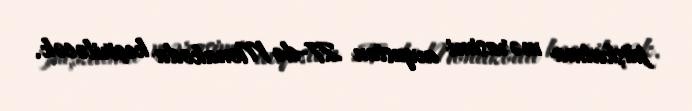
püşkatma mərasimi avqustun 27-də Monakoda keçiriləcək.